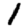
Digit: 1